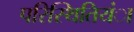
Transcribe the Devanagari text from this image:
परिस्थितियंा